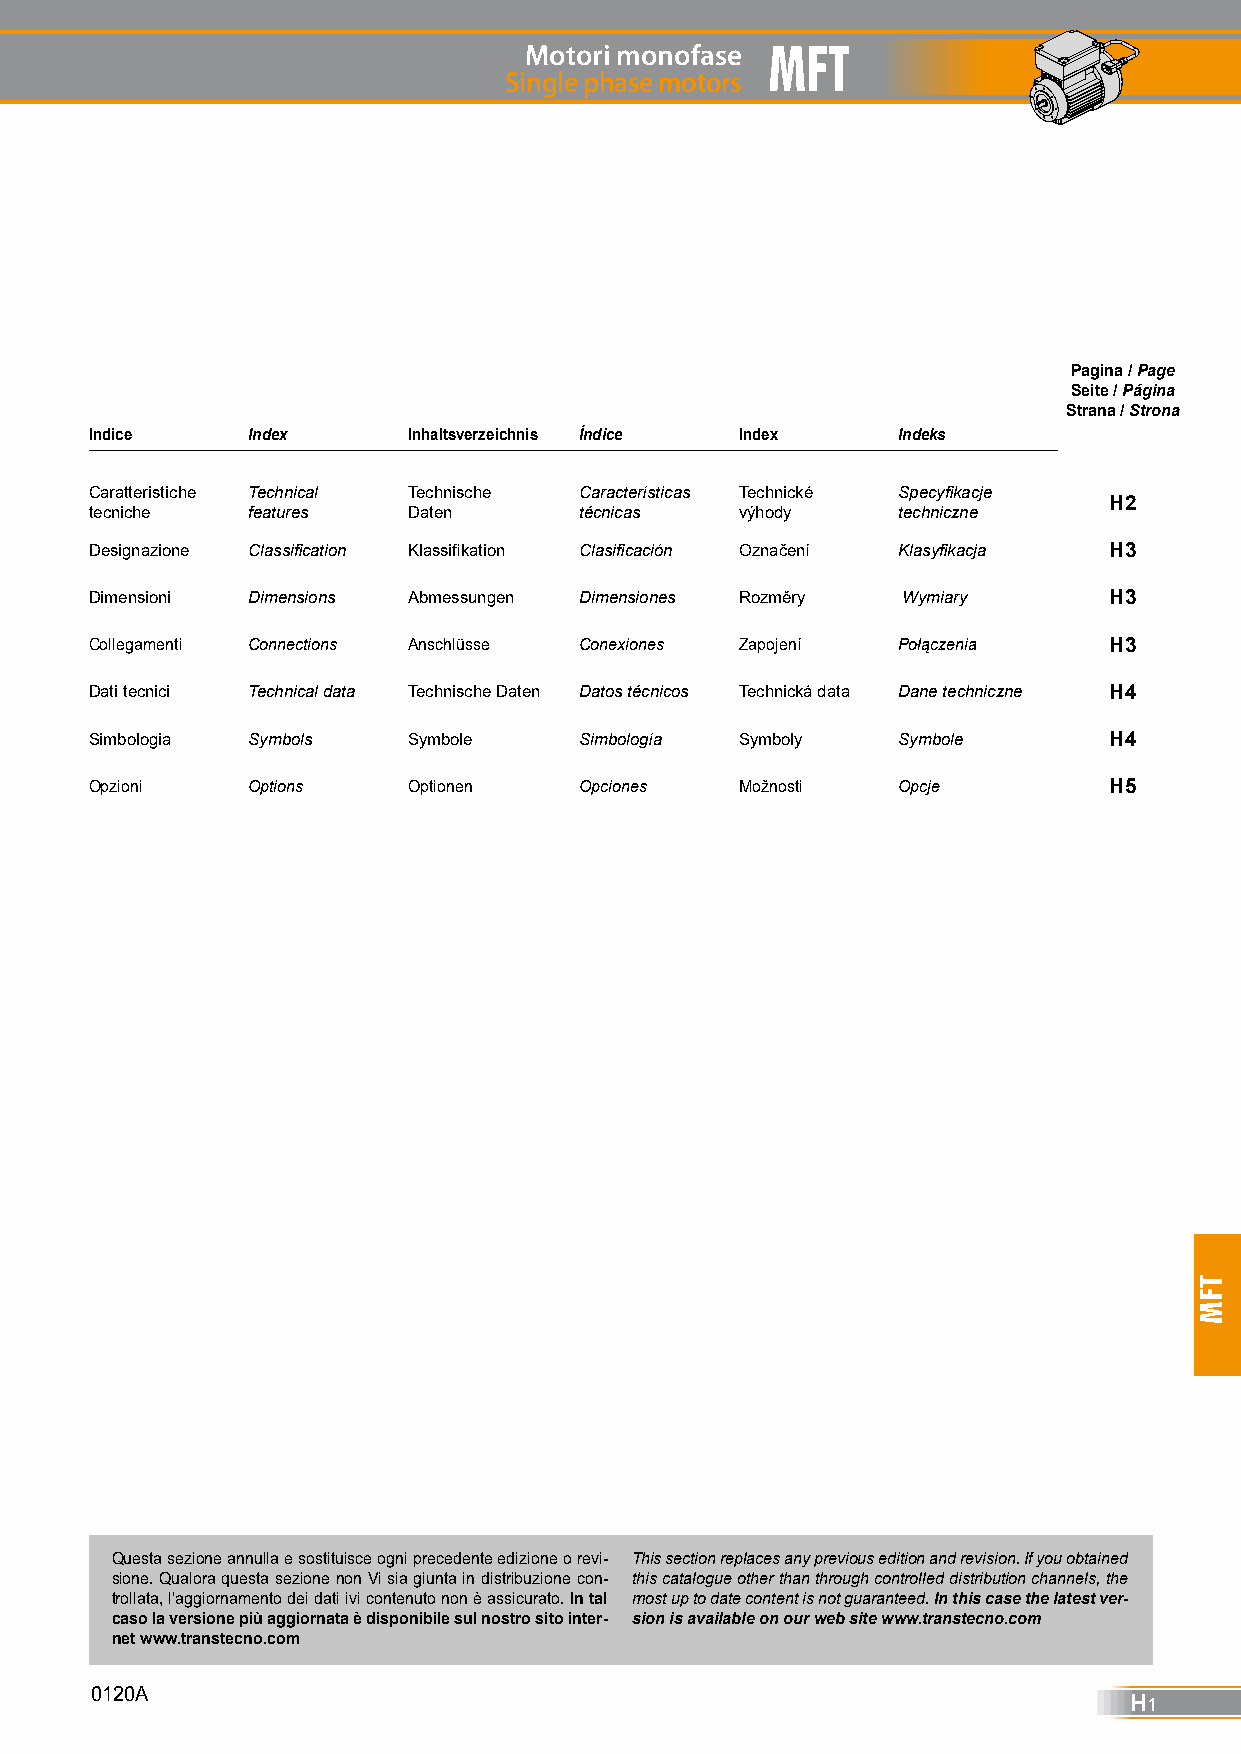
Motori monofase MFT
 Single phase motors
 Pagina / Page
 Seite / Página
 Strana / Strona
 Indice    Index      Inhaltsverzeichnis Índice Index Indeks
 Caratteristiche Technical Technische Características Technické Specyfikacje
 H2
 tecniche  features   Daten      técnicas   výhody    techniczne
 Designazione Classification Klassifikation Clasificación Označení Klasyfikacja H3
 Dimensioni Dimensions Abmessungen Dimensiones Rozměry Wymiary      H3
 Collegamenti Connections Anschlüsse Conexiones Zapojení Połączenia H3
 Dati tecnici Technical data Technische Daten Datos técnicos Technická data Dane techniczne H4
 Simbologia Symbols   Symbole    Simbología Symboly   Symbole       H4
 Opzioni   Options    Optionen   Opciones   Možnosti  Opcje         H5
 Questa sezione annulla e sostituisce ogni precedente edizione o revi- This section replaces any previous edition and revision. If you obtained
 sione. Qualora questa sezione non Vi sia giunta in distribuzione con- this catalogue other than through controlled distribution channels, the
 trollata, l’aggiornamento dei dati ivi contenuto non è assicurato. In tal most up to date content is not guaranteed. In this case the latest ver-
 caso la versione più aggiornata è disponibile sul nostro sito inter- sion is available on our web site www.transtecno.com
 net www.transtecno.com
 0120A                                                                H1
 TFM